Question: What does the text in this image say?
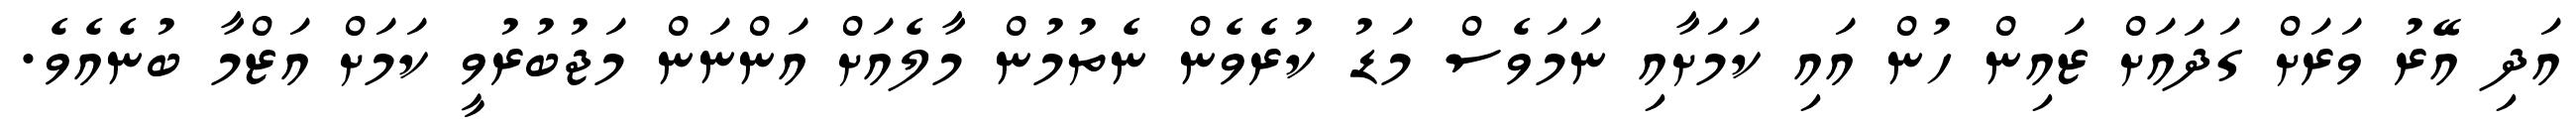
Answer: އަދި އޭރު ވަރަށް ގަދައަށް ޒައިން ހުން އައި ކަމަށާއި ނަމަވެސް މަޑު ކުރެވެން ނެތުމުން މާލެއަށް އަންނަން މަޖުބުރުވީ ކަމަށް އަޒްމާ ބުނެއެވެ.